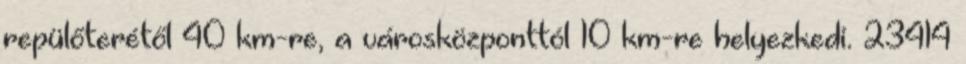
repülőterétől 40 km-re, a városközponttól 10 km-re helyezkedi. 23414